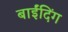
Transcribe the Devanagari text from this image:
बाईंदिंग